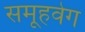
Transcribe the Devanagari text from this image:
समूहवेग